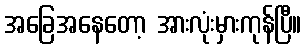
အခြေအနေတော့ အားလုံးမှားကုန်ပြီ။